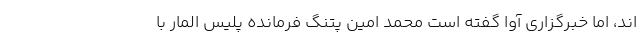
اند، اما خبرگزاری آوا گفته است محمد امین پتنگ فرمانده پلیس المار با